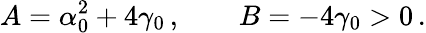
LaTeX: A=\alpha_{0}^{2}+4\gamma_{0}\, ,\qquad B=-4\gamma_{0}>0\, .